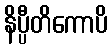
နိပ္ပီတိကောပိ